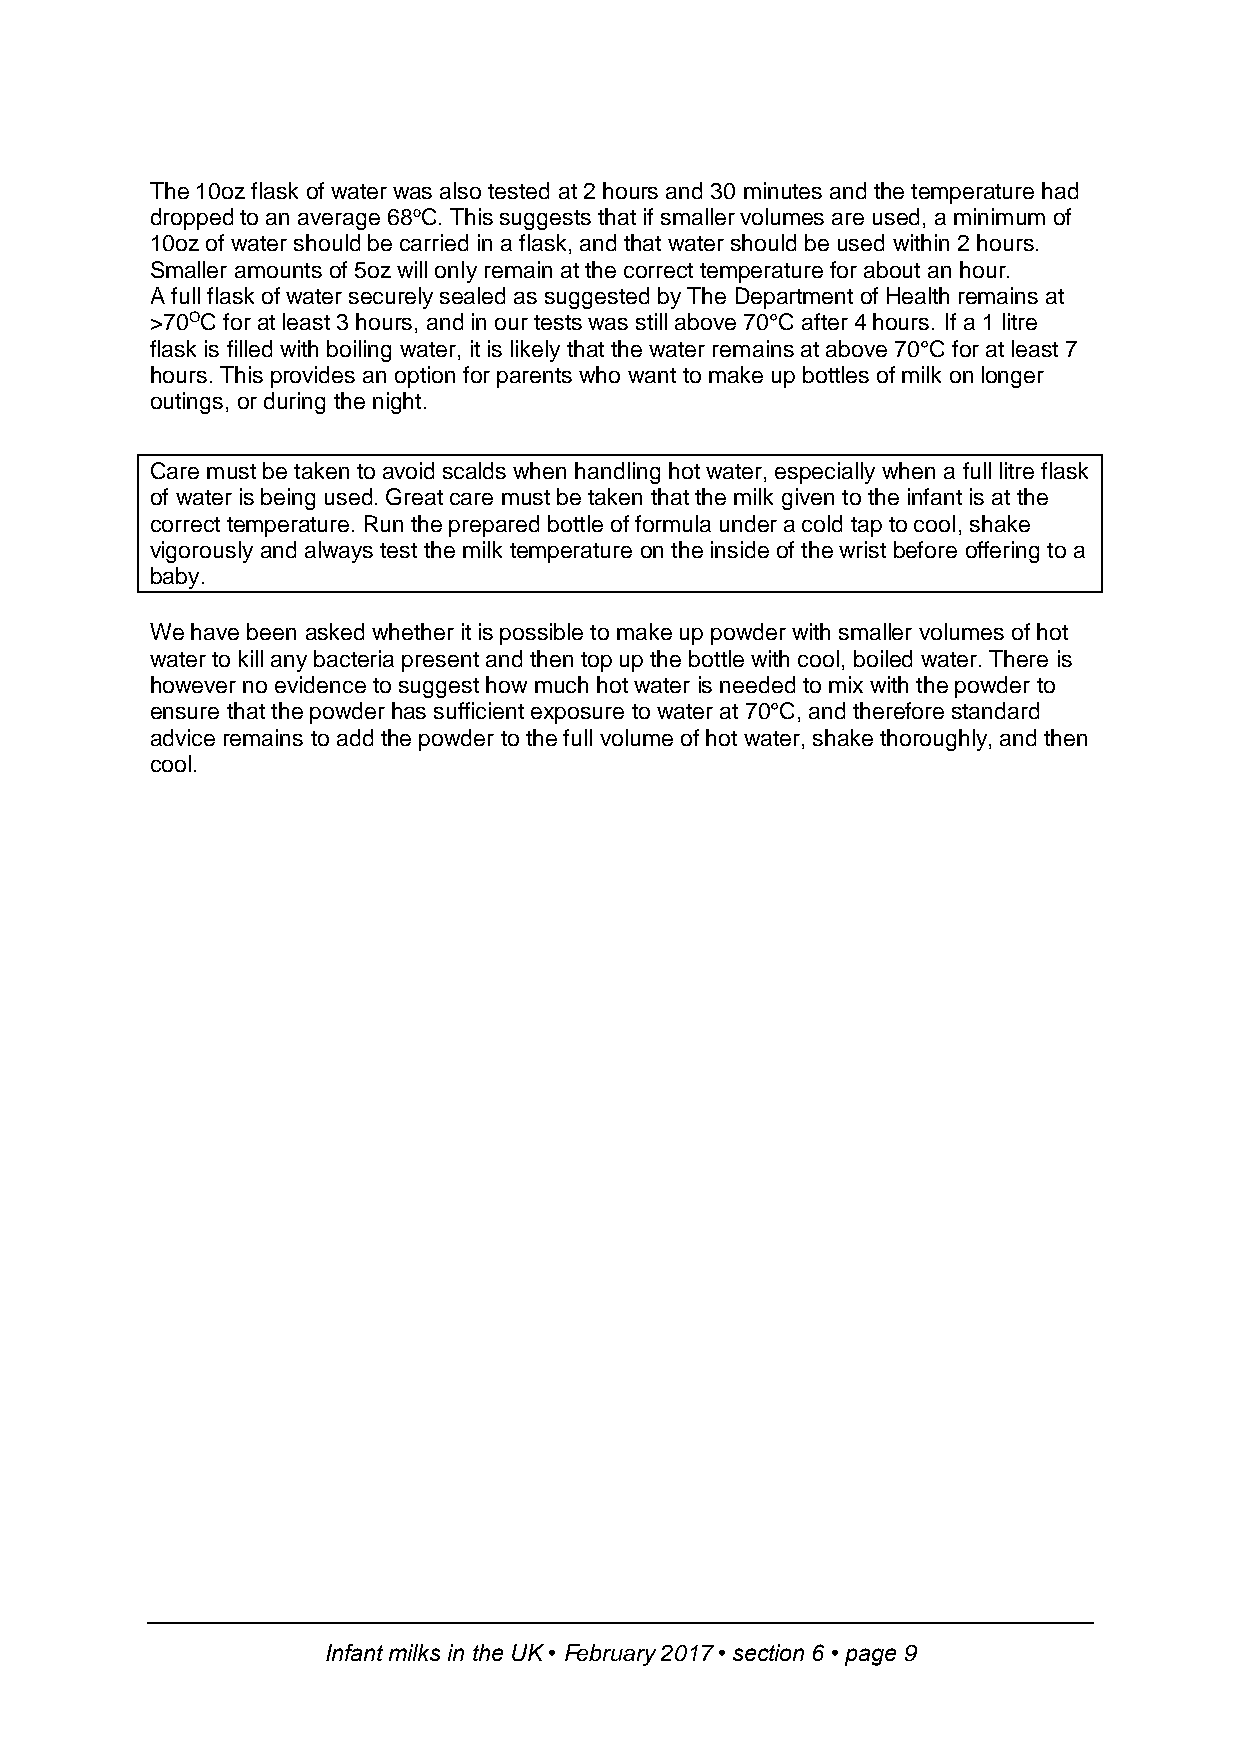
The 10oz flask of water was also tested at 2 hours and 30 minutes and the temperature had
 dropped to an average 68oC. This suggests that if smaller volumes are used, a minimum of
 10oz of water should be carried in a flask, and that water should be used within 2 hours.
 Smaller amounts of 5oz will only remain at the correct temperature for about an hour.
 A full flask of water securely sealed as suggested by The Department of Health remains at
 >70OC for at least 3 hours, and in our tests was still above 70°C after 4 hours. If a 1 litre
 flask is filled with boiling water, it is likely that the water remains at above 70°C for at least 7
 hours. This provides an option for parents who want to make up bottles of milk on longer
 outings, or during the night.
 Care must be taken to avoid scalds when handling hot water, especially when a full litre flask
 of water is being used. Great care must be taken that the milk given to the infant is at the
 correct temperature. Run the prepared bottle of formula under a cold tap to cool, shake
 vigorously and always test the milk temperature on the inside of the wrist before offering to a
 baby.
 We have been asked whether it is possible to make up powder with smaller volumes of hot
 water to kill any bacteria present and then top up the bottle with cool, boiled water. There is
 however no evidence to suggest how much hot water is needed to mix with the powder to
 ensure that the powder has sufficient exposure to water at 70°C, and therefore standard
 advice remains to add the powder to the full volume of hot water, shake thoroughly, and then
 cool.
 Infant milks in the UK • February 2017 • section 6 • page 9